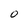
Character: O